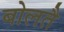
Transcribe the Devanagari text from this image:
बोलतै